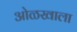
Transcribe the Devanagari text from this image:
ओळखाला